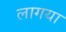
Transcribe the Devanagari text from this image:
लागया